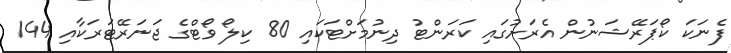
ފެނަކަ ކޯޕަރޭޝަނުން އެރަށުގައި ކަރަންޓު ދިނުމަށްޓަކައި 80 ކިލޯ ވޯޓްގެ ޖަނަރޭޓަރަކާއި 144